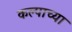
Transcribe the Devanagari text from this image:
कल्पाच्या